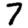
Digit: 7